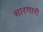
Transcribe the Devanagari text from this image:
सारणारी